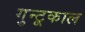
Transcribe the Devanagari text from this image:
गुन्टूकाल